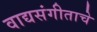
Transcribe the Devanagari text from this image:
वाद्यसंगीताचे